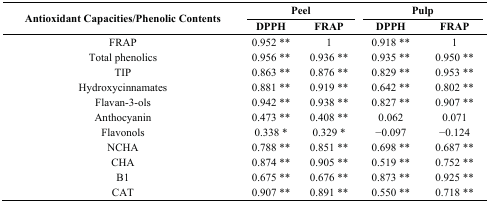
<table><thead><tr><td rowspan="2"><b>Antioxidant Capacities/Phenolic Contents</b></td><td colspan="2"><b>Peel</b></td><td colspan="2"><b>Pulp</b></td></tr><tr><td><b>DPPH</b></td><td><b>FRAP</b></td><td><b>DPPH</b></td><td><b>FRAP</b></td></tr></thead><tbody><tr><td>FRAP</td><td>0.952 **</td><td>1</td><td>0.918 **</td><td>1</td></tr><tr><td>Total phenolics</td><td>0.956 **</td><td>0.936 **</td><td>0.935 **</td><td>0.950 **</td></tr><tr><td>TIP</td><td>0.863 **</td><td>0.876 **</td><td>0.829 **</td><td>0.953 **</td></tr><tr><td>Hydroxycinnamates</td><td>0.881 **</td><td>0.919 **</td><td>0.642 **</td><td>0.802 **</td></tr><tr><td>Flavan-3-ols</td><td>0.942 **</td><td>0.938 **</td><td>0.827 **</td><td>0.907 **</td></tr><tr><td>Anthocyanin</td><td>0.473 **</td><td>0.408 **</td><td>0.062</td><td>0.071</td></tr><tr><td>Flavonols</td><td>0.338 *</td><td>0.329 *</td><td>−0.097</td><td>−0.124</td></tr><tr><td>NCHA</td><td>0.788 **</td><td>0.851 **</td><td>0.698 **</td><td>0.687 **</td></tr><tr><td>CHA</td><td>0.874 **</td><td>0.905 **</td><td>0.519 **</td><td>0.752 **</td></tr><tr><td>B1</td><td>0.675 **</td><td>0.676 **</td><td>0.873 **</td><td>0.925 **</td></tr><tr><td>CAT</td><td>0.907 **</td><td>0.891 **</td><td>0.550 **</td><td>0.718 **</td></tr></tbody></table>